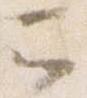
云